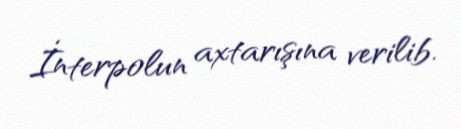
İnterpolun axtarışına verilib.